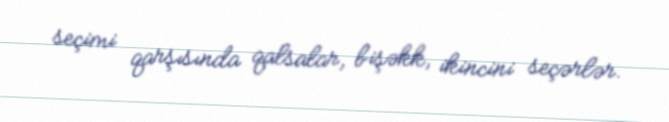
seçimi qarşısında qalsalar, bişəkk, ikincini seçərlər.